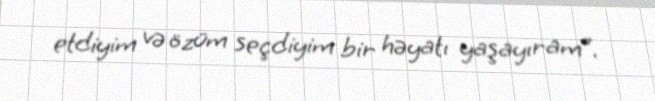
etdiyim və özüm seçdiyim bir həyatı yaşayıram”.